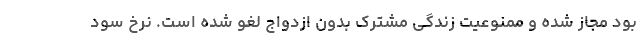
بود مجاز شده و ممنوعیت زندگی مشترک بدون ازدواج لغو شده است. نرخ سود